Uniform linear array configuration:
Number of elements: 4
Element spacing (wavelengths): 1
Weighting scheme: exponential
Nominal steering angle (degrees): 0
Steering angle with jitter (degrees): -1.075
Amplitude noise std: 0.05
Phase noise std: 0.05

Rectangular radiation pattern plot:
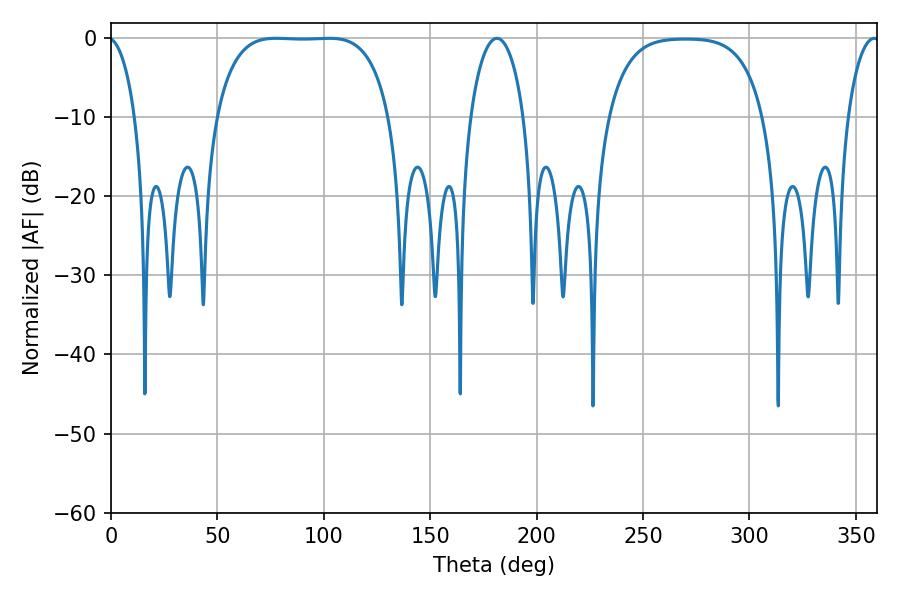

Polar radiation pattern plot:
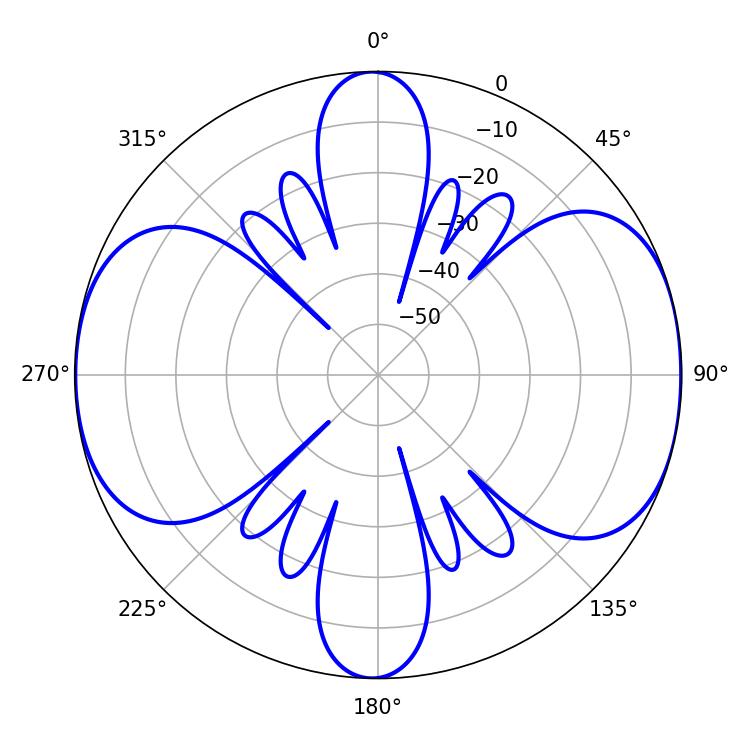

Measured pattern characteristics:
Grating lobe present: TRUE
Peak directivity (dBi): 10.569
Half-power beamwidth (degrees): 63.36
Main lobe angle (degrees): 77.58